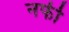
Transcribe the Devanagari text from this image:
नफी